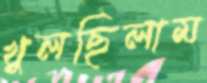
খুলছিলাম